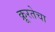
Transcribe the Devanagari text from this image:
क्रूरतेचा